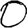
Digit: 0